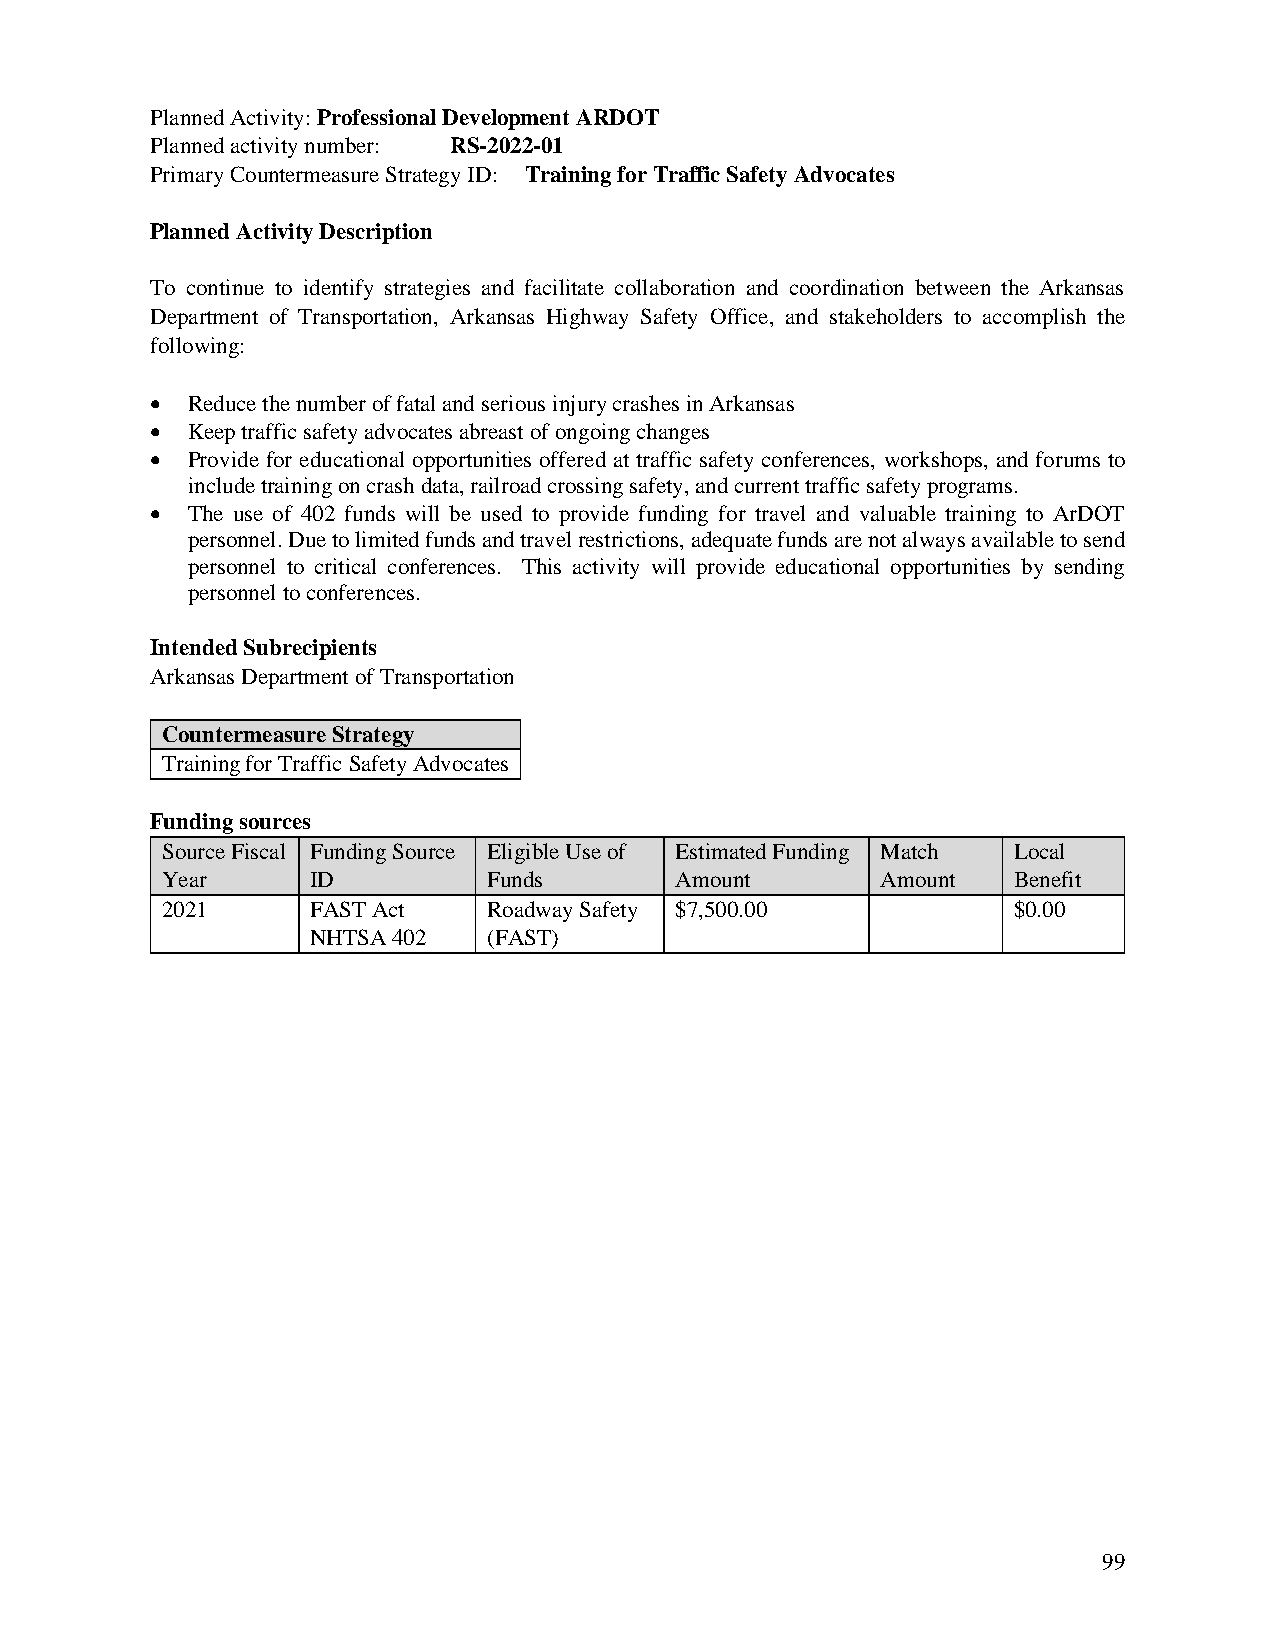
Planned Activity: Professional Development ARDOT
 Planned activity number: RS-2022-01
 Primary Countermeasure Strategy ID: Training for Traffic Safety Advocates
 Planned Activity Description
 To continue to identify strategies and facilitate collaboration and coordination between the Arkansas
 Department of Transportation, Arkansas Highway Safety Office, and stakeholders to accomplish the
 following:
 • Reduce the number of fatal and serious injury crashes in Arkansas
 • Keep traffic safety advocates abreast of ongoing changes
 • Provide for educational opportunities offered at traffic safety conferences, workshops, and forums to
 include training on crash data, railroad crossing safety, and current traffic safety programs.
 • The use of 402 funds will be used to provide funding for travel and valuable training to ArDOT
 personnel. Due to limited funds and travel restrictions, adequate funds are not always available to send
 personnel to critical conferences. This activity will provide educational opportunities by sending
 personnel to conferences.
 Intended Subrecipients
 Arkansas Department of Transportation
 Countermeasure Strategy
 Training for Traffic Safety Advocates
 Funding sources
 Source Fiscal Funding Source Eligible Use of Estimated Funding Match Local
 Year      ID         Funds        Amount       Amount   Benefit
 2021      FAST Act   Roadway Safety $7,500.00           $0.00
 NHTSA 402  (FAST)
 99